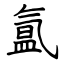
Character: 氲